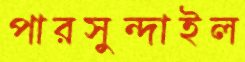
পারসুন্দাইল